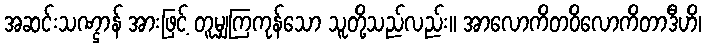
အဆင်းသဏ္ဌာန် အားဖြင့် တူမျှကြကုန်သော သူတို့သည်လည်း။ အာလောကိတဝိလောကိတာဒီဟိ၊